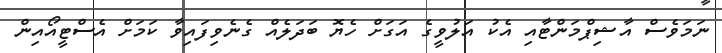
ނަމަވެސް އާޝިޕްމަންޓާއި އެކު އަލުވީގެ އަގަށް ހެޔޮ ބަދަލެއް ގެނެވިފައިވާ ކަމަށް އެސްޓީއޯއިން